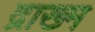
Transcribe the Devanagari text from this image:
द्राख्म